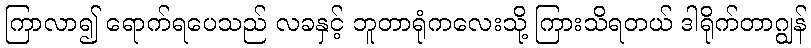
ကြာလာ၍ ရောက်ရပေသည် လခနှင့် ဘူတာရုံကလေးသို့ ကြားသိရတယ် ဒါရိုက်တာဂျွန်